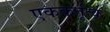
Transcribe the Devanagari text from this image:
एककर्तृत्व